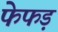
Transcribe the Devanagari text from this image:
फेफड़